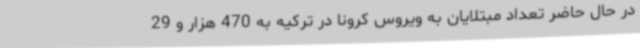
در حال حاضر تعداد مبتلایان به ویروس کرونا در ترکیه به 470 هزار و 29